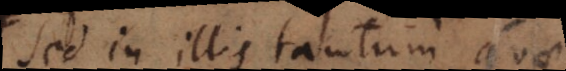
sed in illis tantum quae